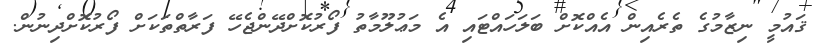
ޤައުމީ ނިޒާމުގެ ތެރެއިން އެއްކޮށް ބަލަހައްޓައި އެ މަޢުލޫމާތު ފޯރުކޮށްދޭންޖެހޭ ފަރާތްތަކަށް ފޯރުކޮށްދިނުން.